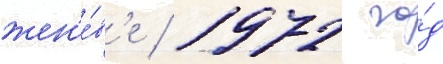
жен'е́в'е / 1972 го́д